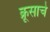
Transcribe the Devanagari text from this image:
क्रूसाचे